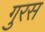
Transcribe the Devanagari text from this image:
गुरस